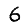
Digit: 6